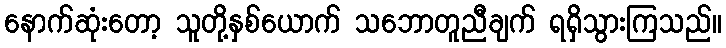
နောက်ဆုံးတော့ သူတို့နှစ်ယောက် သဘောတူညီချက် ရရှိသွားကြသည်။